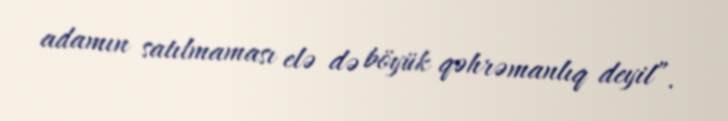
adamın satılmaması elə də böyük qəhrəmanlıq deyil”.